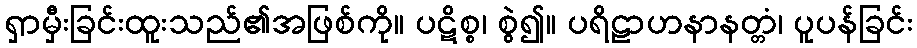
ရှာမှီးခြင်းထူးသည်၏အဖြစ်ကို။ ပဋိစ္စ၊ စွဲ၍။ ပရိဠာဟနာနတ္တံ၊ ပူပန်ခြင်း